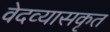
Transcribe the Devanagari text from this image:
वेदव्यासकृत